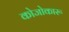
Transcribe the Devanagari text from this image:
कोजोकारू